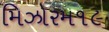
મિઝોરમ૧૯